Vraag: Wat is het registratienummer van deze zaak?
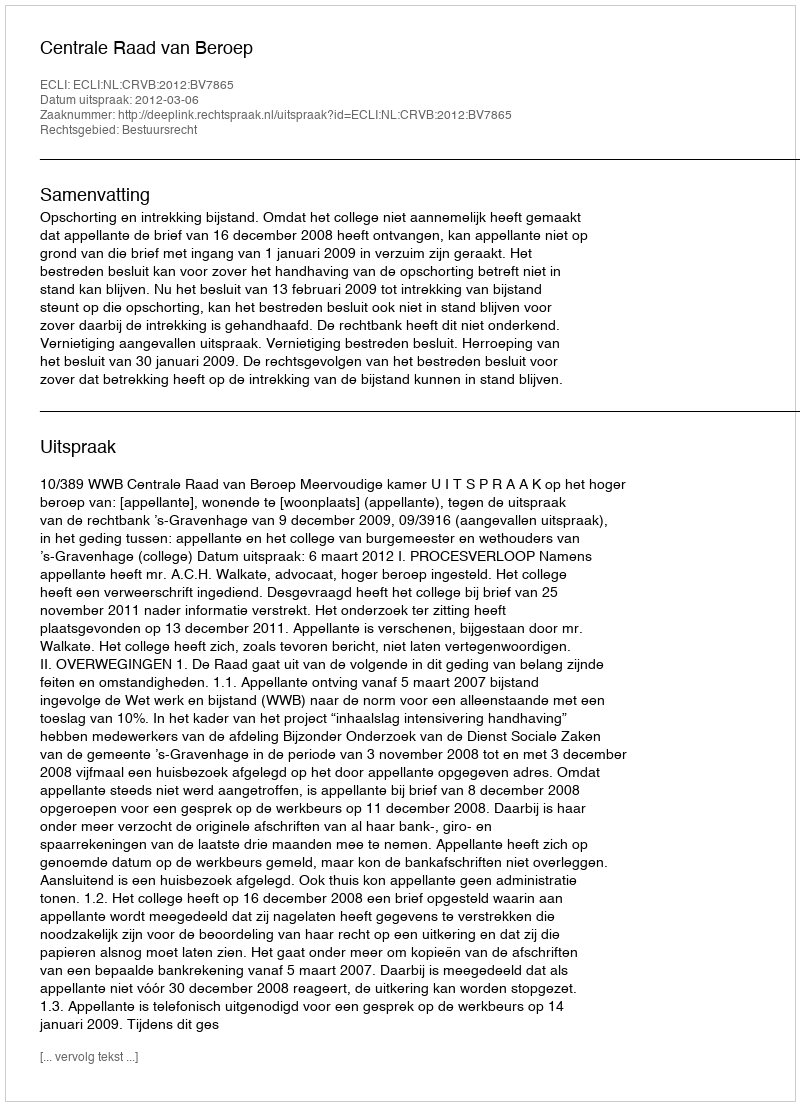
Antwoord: http://deeplink.rechtspraak.nl/uitspraak?id=ECLI:NL:CRVB:2012:BV7865